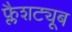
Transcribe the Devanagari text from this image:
फ्लैशट्यूब